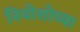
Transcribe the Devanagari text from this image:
नियोशोच्या